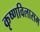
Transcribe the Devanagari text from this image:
कृष्णविलासम